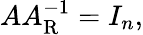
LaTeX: AA_{\mathrm{R}}^{-1}=I_{n},